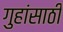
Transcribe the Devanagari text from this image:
गुहांसाठी